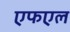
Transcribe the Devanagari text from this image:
एफएल